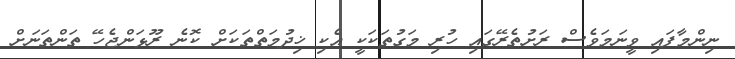
ނިންމާފައި ވީނަމަވެސް ރަށުތެރޭގައި ހުރި މަގުތަކަކީ އެކި ޚިދުމަތްތަކަށް ކޮނެ ރޫޅަންޖެހޭ ތަންތަނަށް